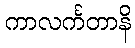
ကာလင်္ကတာနိ